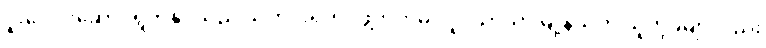
ပူးပေါင်းဆောင်ရွက်နိုင်သည် သတင်းရဲတပ်ဖွဲ့ဘက်မှ လှိုင်သာယာမြို့နယ်က သူတို့ခမျာလည်း